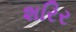
શરિર